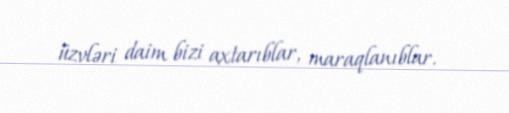
üzvləri daim bizi axtarıblar, maraqlanıblar.